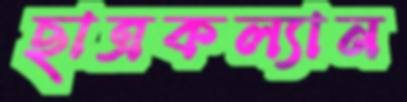
ছাত্রকল্যান